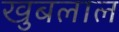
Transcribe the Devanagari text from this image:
खुबलाल